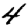
Digit: 4